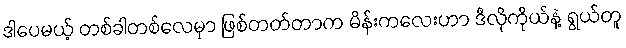
ဒါပေမယ့် တစ်ခါတစ်လေမှာ ဖြစ်တတ်တာက မိန်းကလေးဟာ ဒီလိုကိုယ်နဲ့ ရွယ်တူ